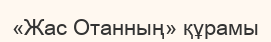
«Жас Отанның» құрамы